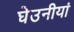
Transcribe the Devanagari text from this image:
घेउनीयां